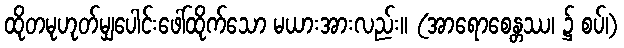
ထိုတမုဟုတ်မျှပေါင်းဖေါ်ထိုက်သော မယားအားလည်း။ (အာရောစေန္တဿ၊ ၌ စပ်၊)